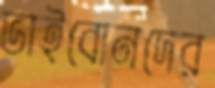
ভাইবোনদের